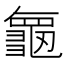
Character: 𮯝